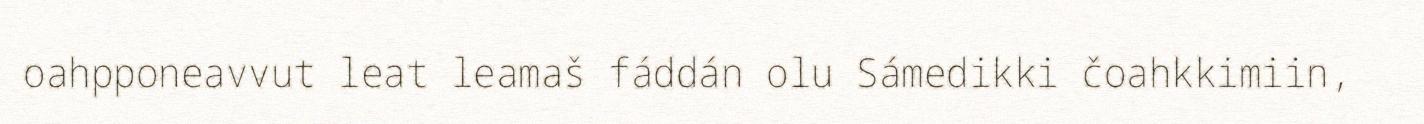
oahpponeavvut leat leamaš fáddán olu Sámedikki čoahkkimiin,